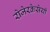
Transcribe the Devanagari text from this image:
रोजेरक्रेसेयी